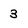
Character: 3